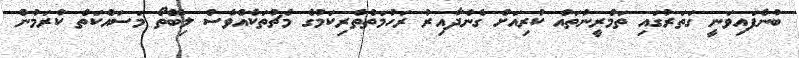
ބުނެފައިވަނީ ގަތަރުގައި ތަމްރީނުތައް ކުރިއަށް ގެންދާއިރު ރަހުމަތްތެރިކަމުގެ މެޗުތަކެއްވެސް ލިބޭތޯ މަސައްކަތް ކުރަމުން